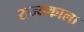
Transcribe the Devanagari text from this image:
राज्यकाला